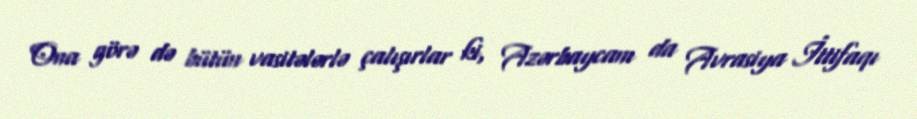
Ona görə də bütün vasitələrlə çalışırlar ki, Azərbaycanı da Avrasiya İttifaqı